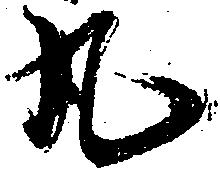
丸